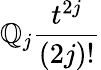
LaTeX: \mathbb{Q}_{j}\frac{{t^{2j}}}{{(2j)!}}